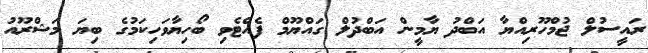
ރައީސުލް ޖުމްހޫރިއްޔާ އަބްދު ޔާމީން އަބްދުލް ގައްޔޫމް ފެއްޓެވި ބޯހިޔާވަހިކަމުގެ ބިޔަ މަޝްރޫއު